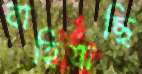
বাহিয়াছি